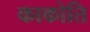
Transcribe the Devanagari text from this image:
काकोति